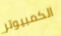
الكمبيوتر